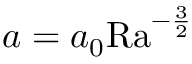
a = a _ { 0 } \mathrm { { R a } } ^ { - \frac { 3 } { 2 } }